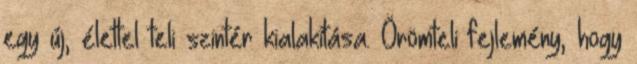
egy új, élettel teli szintér kialakítása. Örömteli fejlemény, hogy